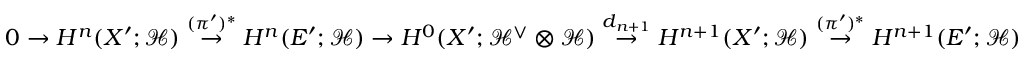
0 \to H ^ { n } ( X ^ { \prime } ; \mathcal { H } ) \overset { ( \pi ^ { \prime } ) ^ { * } } \to H ^ { n } ( E ^ { \prime } ; \mathcal { H } ) \to H ^ { 0 } ( X ^ { \prime } ; \mathcal { H } ^ { \vee } \otimes \mathcal { H } ) \overset { d _ { n + 1 } } \to H ^ { n + 1 } ( X ^ { \prime } ; \mathcal { H } ) \overset { ( \pi ^ { \prime } ) ^ { * } } \to H ^ { n + 1 } ( E ^ { \prime } ; \mathcal { H } )